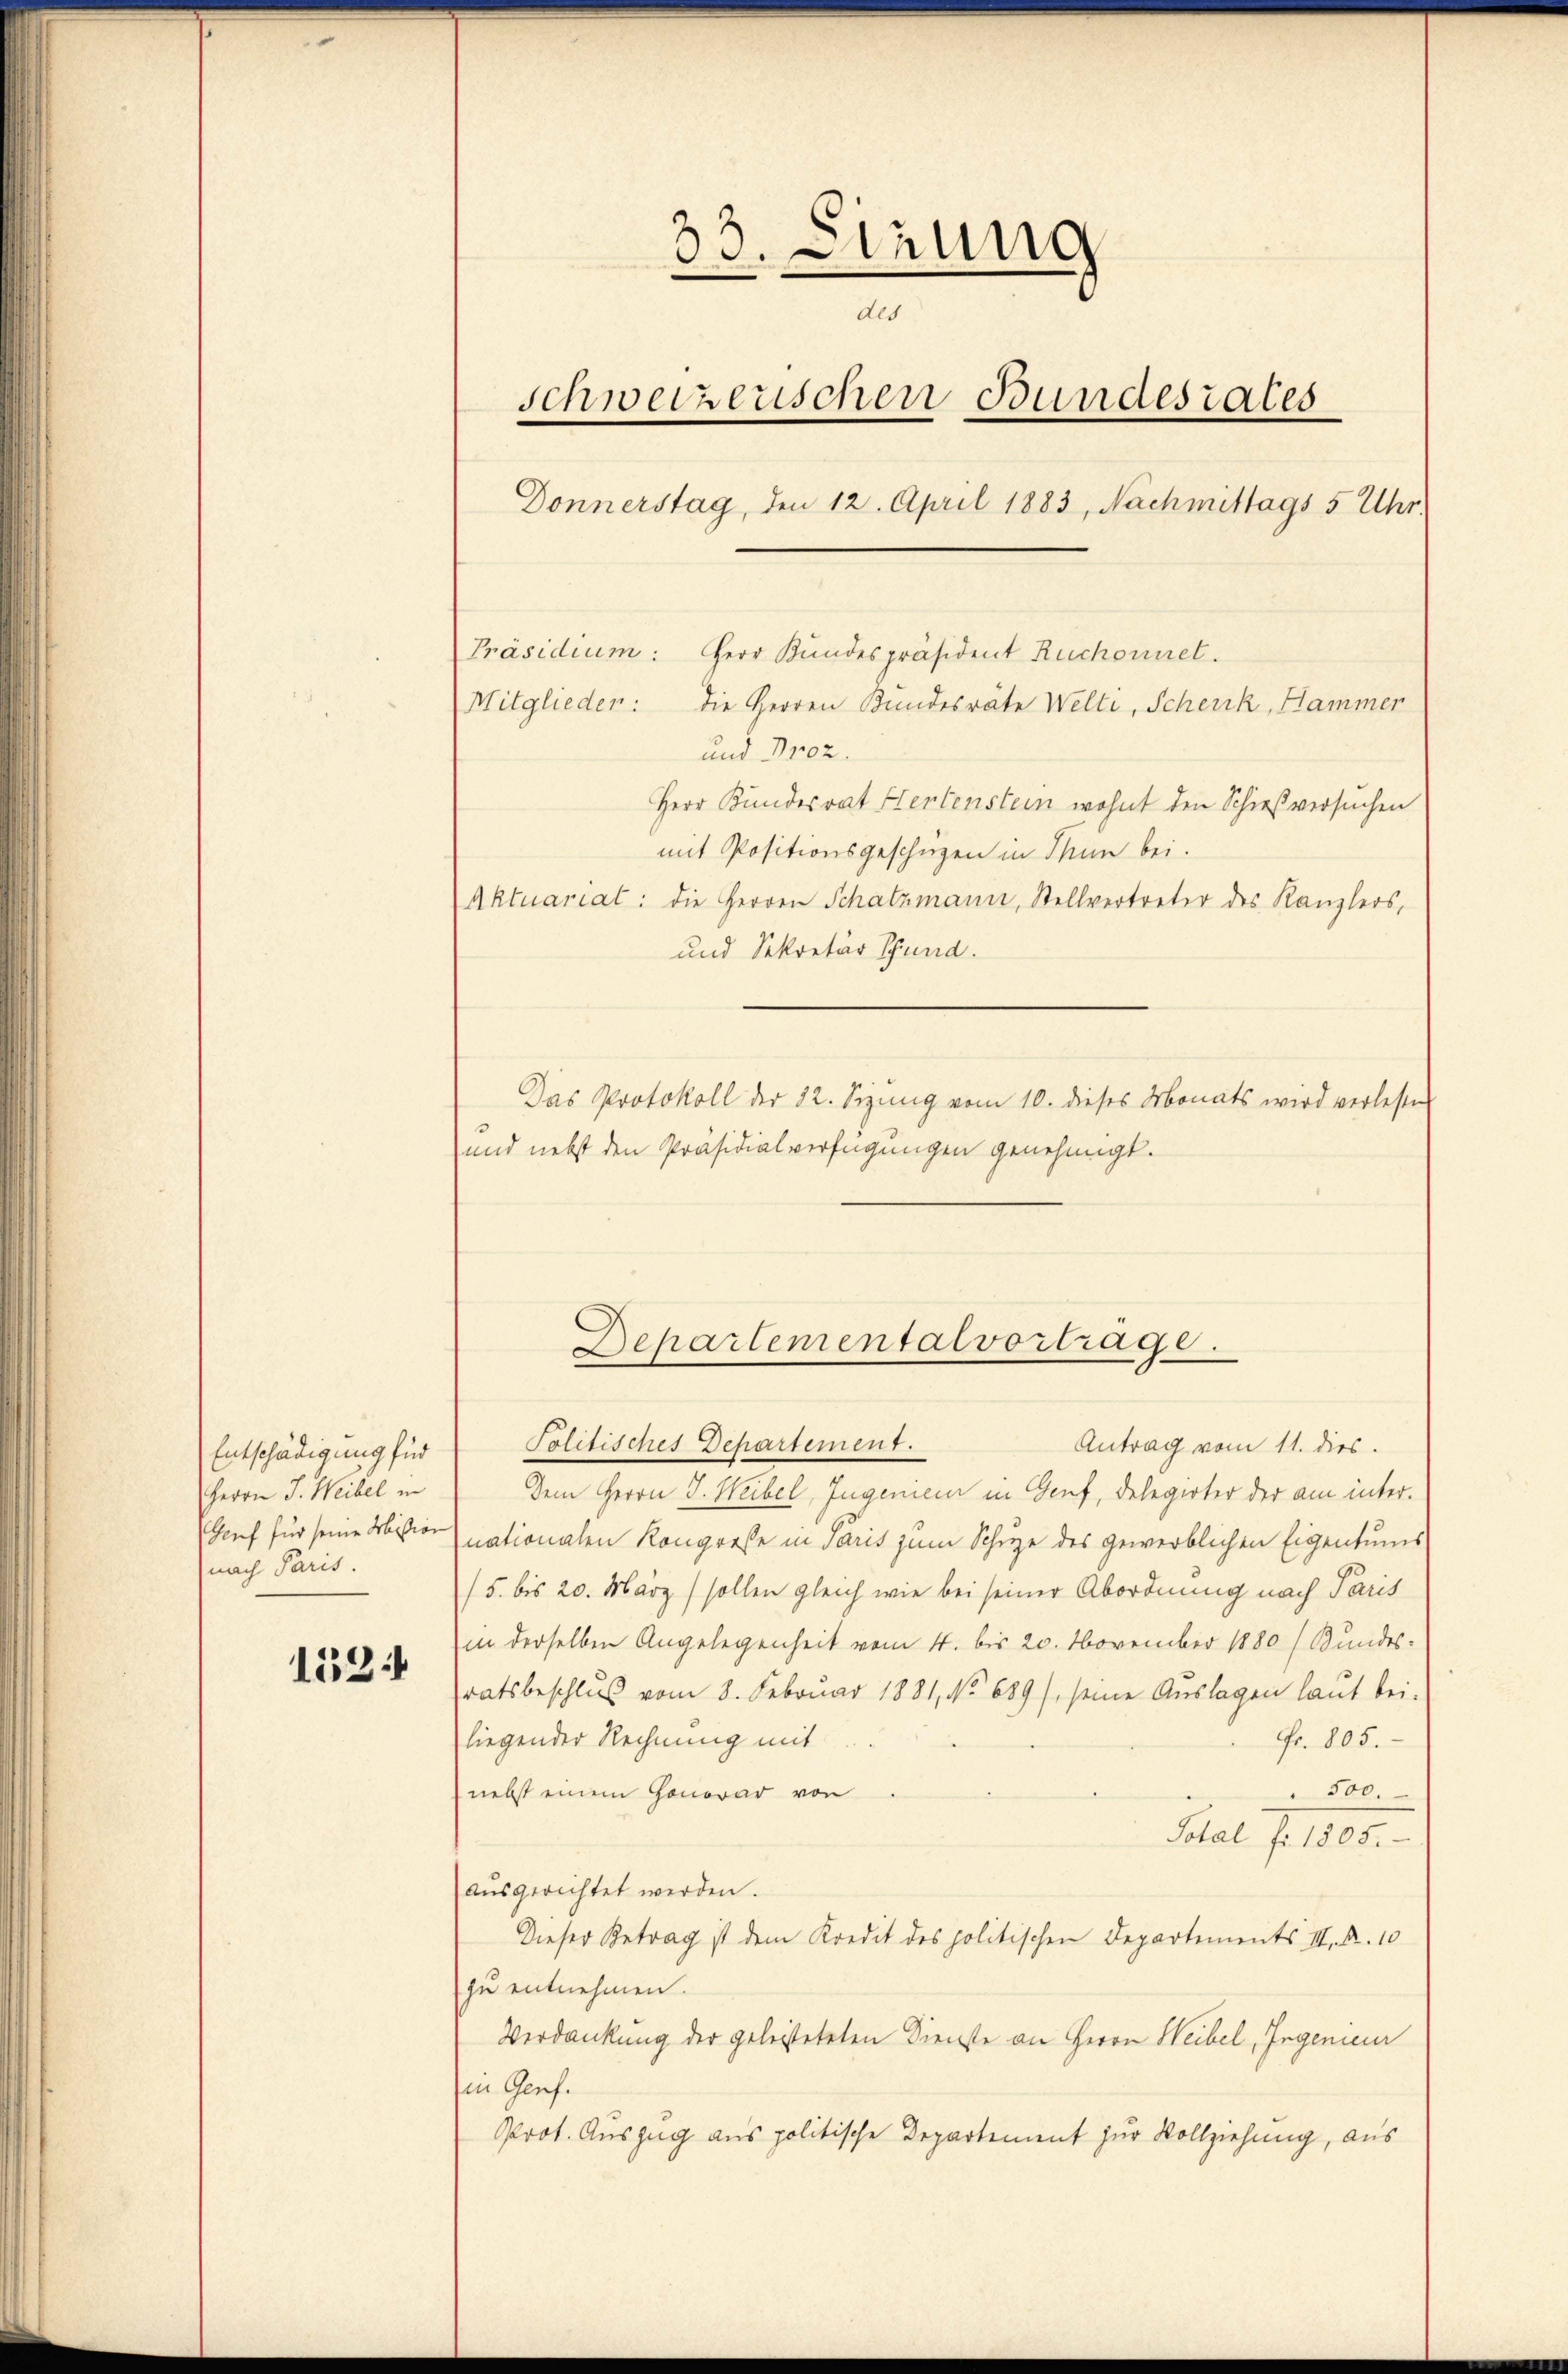
Entschädigung für
Herrn J. Weibel in
nach Paris.

153

33. Denung
des
schweizerischen Bundesrates
Donnerstag, den 12. April 1883, Nachmittags 5 Uhr.
Präsidium: Herr Kundespräsident Ruchornet.
Mitglieder: die Herren Bundesräte Welti, Schenk, Hammer
und 1102.
Herr Kundesrat Hertenstein wohnt den Schießversuchen
mit Positionsgeschüzen in Tun bei.
Aktuariat: die Herren Schatzmann, Stellvertreter des Kanzlers,
und Sekretär Schund.

Politisches Departement.
Antrag vom 11. dies.
Dem Herrn J. Weibel, Ingenien in Genf, Delegirter der am inter¬
Genf für seine Mission nationalen Kongresse in Paris zum Schuze des gewerblichen Eigentums
/5. bis 20. März / sollen gleich wie bei seiner Abordnung nach Paris
in derselben Angelegenheit vom 4. bis 20. November 1880 / Bundes-
ratsbeschluß vom 8. Februar 1881, No 689/, seine Auslagen laut bei.
liegender Rechnung mit
Fr. 805.
nebst einem Honorar von
500.
Sotal f. 1803.
ausgerichtet werden.
Dieser Betrag ist dem Kredit des politischen Departements III. R. 10
zu entnehmen.
Verdankung der geleisteteten Dienste an Herrn Weibel, Ingenieur
in Genf.
Prot. Auszug aus politische Departement zur Vollziehung, aus

Das Protokoll der 22. Sizung vom 10. dieses Monats wird verlesen
und nebst den Präsidialverfügungen genehmigt.

Departemental vortrage.